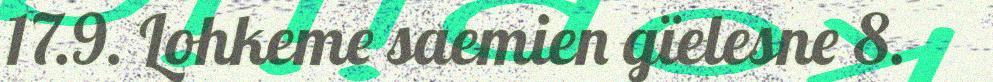
17.9. Lohkeme saemien gïelesne 8.